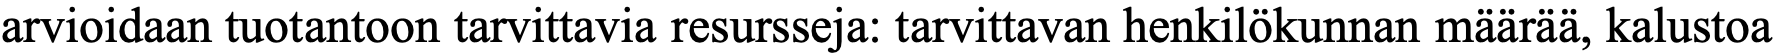
arvioidaan tuotantoon tarvittavia resursseja: tarvittavan henkilökunnan määrää, kalustoa